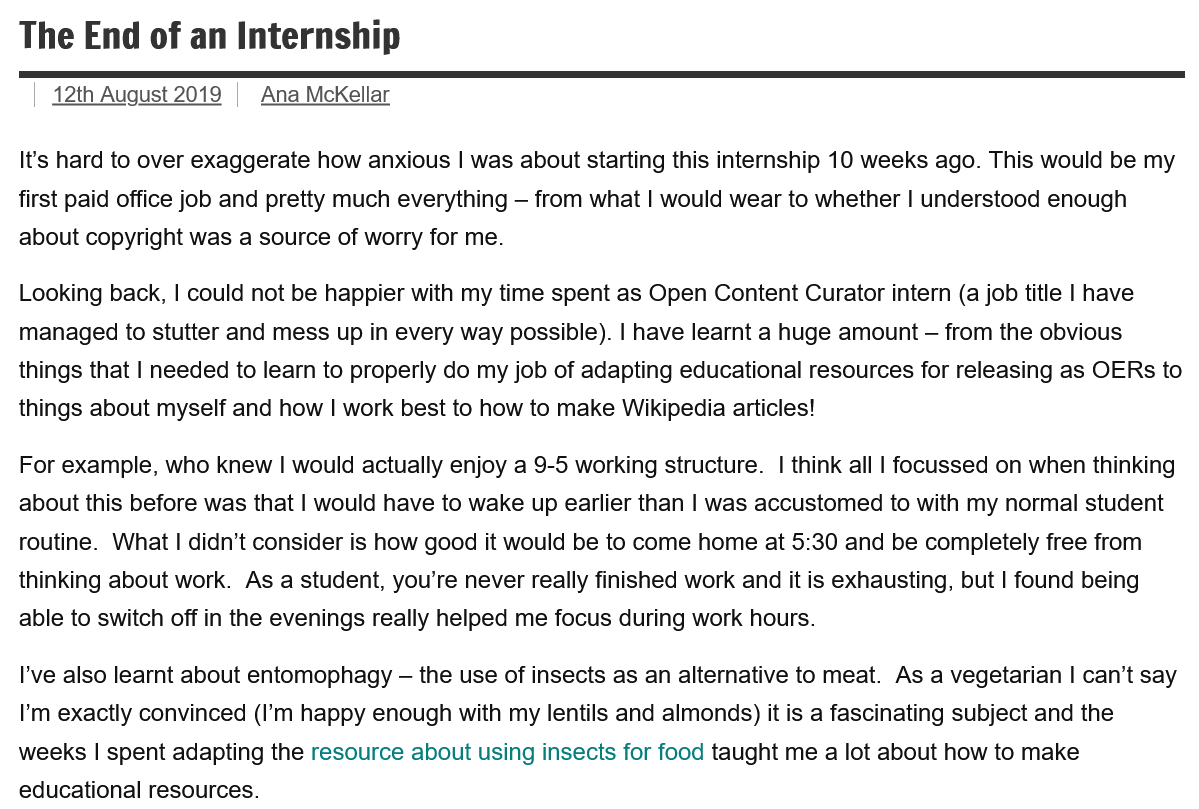
The  End  of an  Internship
  It's hard to over exaggerate how anxious | was about starting this internship 10 weeks ago. This would be my
  first paid office job and pretty much everything —
     from what | would wear to whether | understood enough
  about copyright was a source of worry for me.
  Looking back, | could not be happier with my time spent as Open Content Curator intern (a job title | have
  managed to stutter and mess up in every way possible). | have learnt a huge amount
     —
     from the obvious
  things that | needed to learn to properly do my job of adapting educational resources for releasing as OERs to
  things about myself and how | work best to how to make Wikipedia articles!
  For example, who knew | would actually enjoy a 9-5 working structure. | think all | focussed on when thinking
  about this before was that | would have to wake up earlier than | was accustomed to with my normal student
  routine. What | didn’t consider is how good it would be to come home at 5:30 and be completely free from
  thinking about work. As a student, you’re never really finished work and it is exhausting, but | found being
  able to switch off in the evenings really helped me focus during work hours.
  I've also learnt about entomophagy - the use of insects as an alternative to meat. As a vegetarian | can’t say
  I'm exactly convinced (I’m happy enough with my lentils and almonds) it is a fascinating subject and the
  weeks | spent adapting the resource about using insects for food taught me a lot about how to make
  educational resources.
     12th August 2019 Ana McKellar